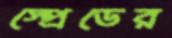
স্প্রেডের